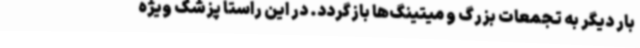
بار دیگر به تجمعات بزرگ و میتینگ‌ها بازگردد. در این راستا پزشک ویژه